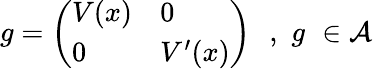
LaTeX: g=\left(\begin{array}{ll}{{V(x)}}&{{0}}\\ {{0}}&{{V^{\prime}(x)}}\end{array}\right)\, \, \, \, ,\, \, g\, \, \in{\cal A}